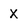
Character: X